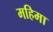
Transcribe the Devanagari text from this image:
महिमा